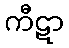
ကီဋာ